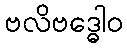
ဗလိဗဒ္ဓေါဝ